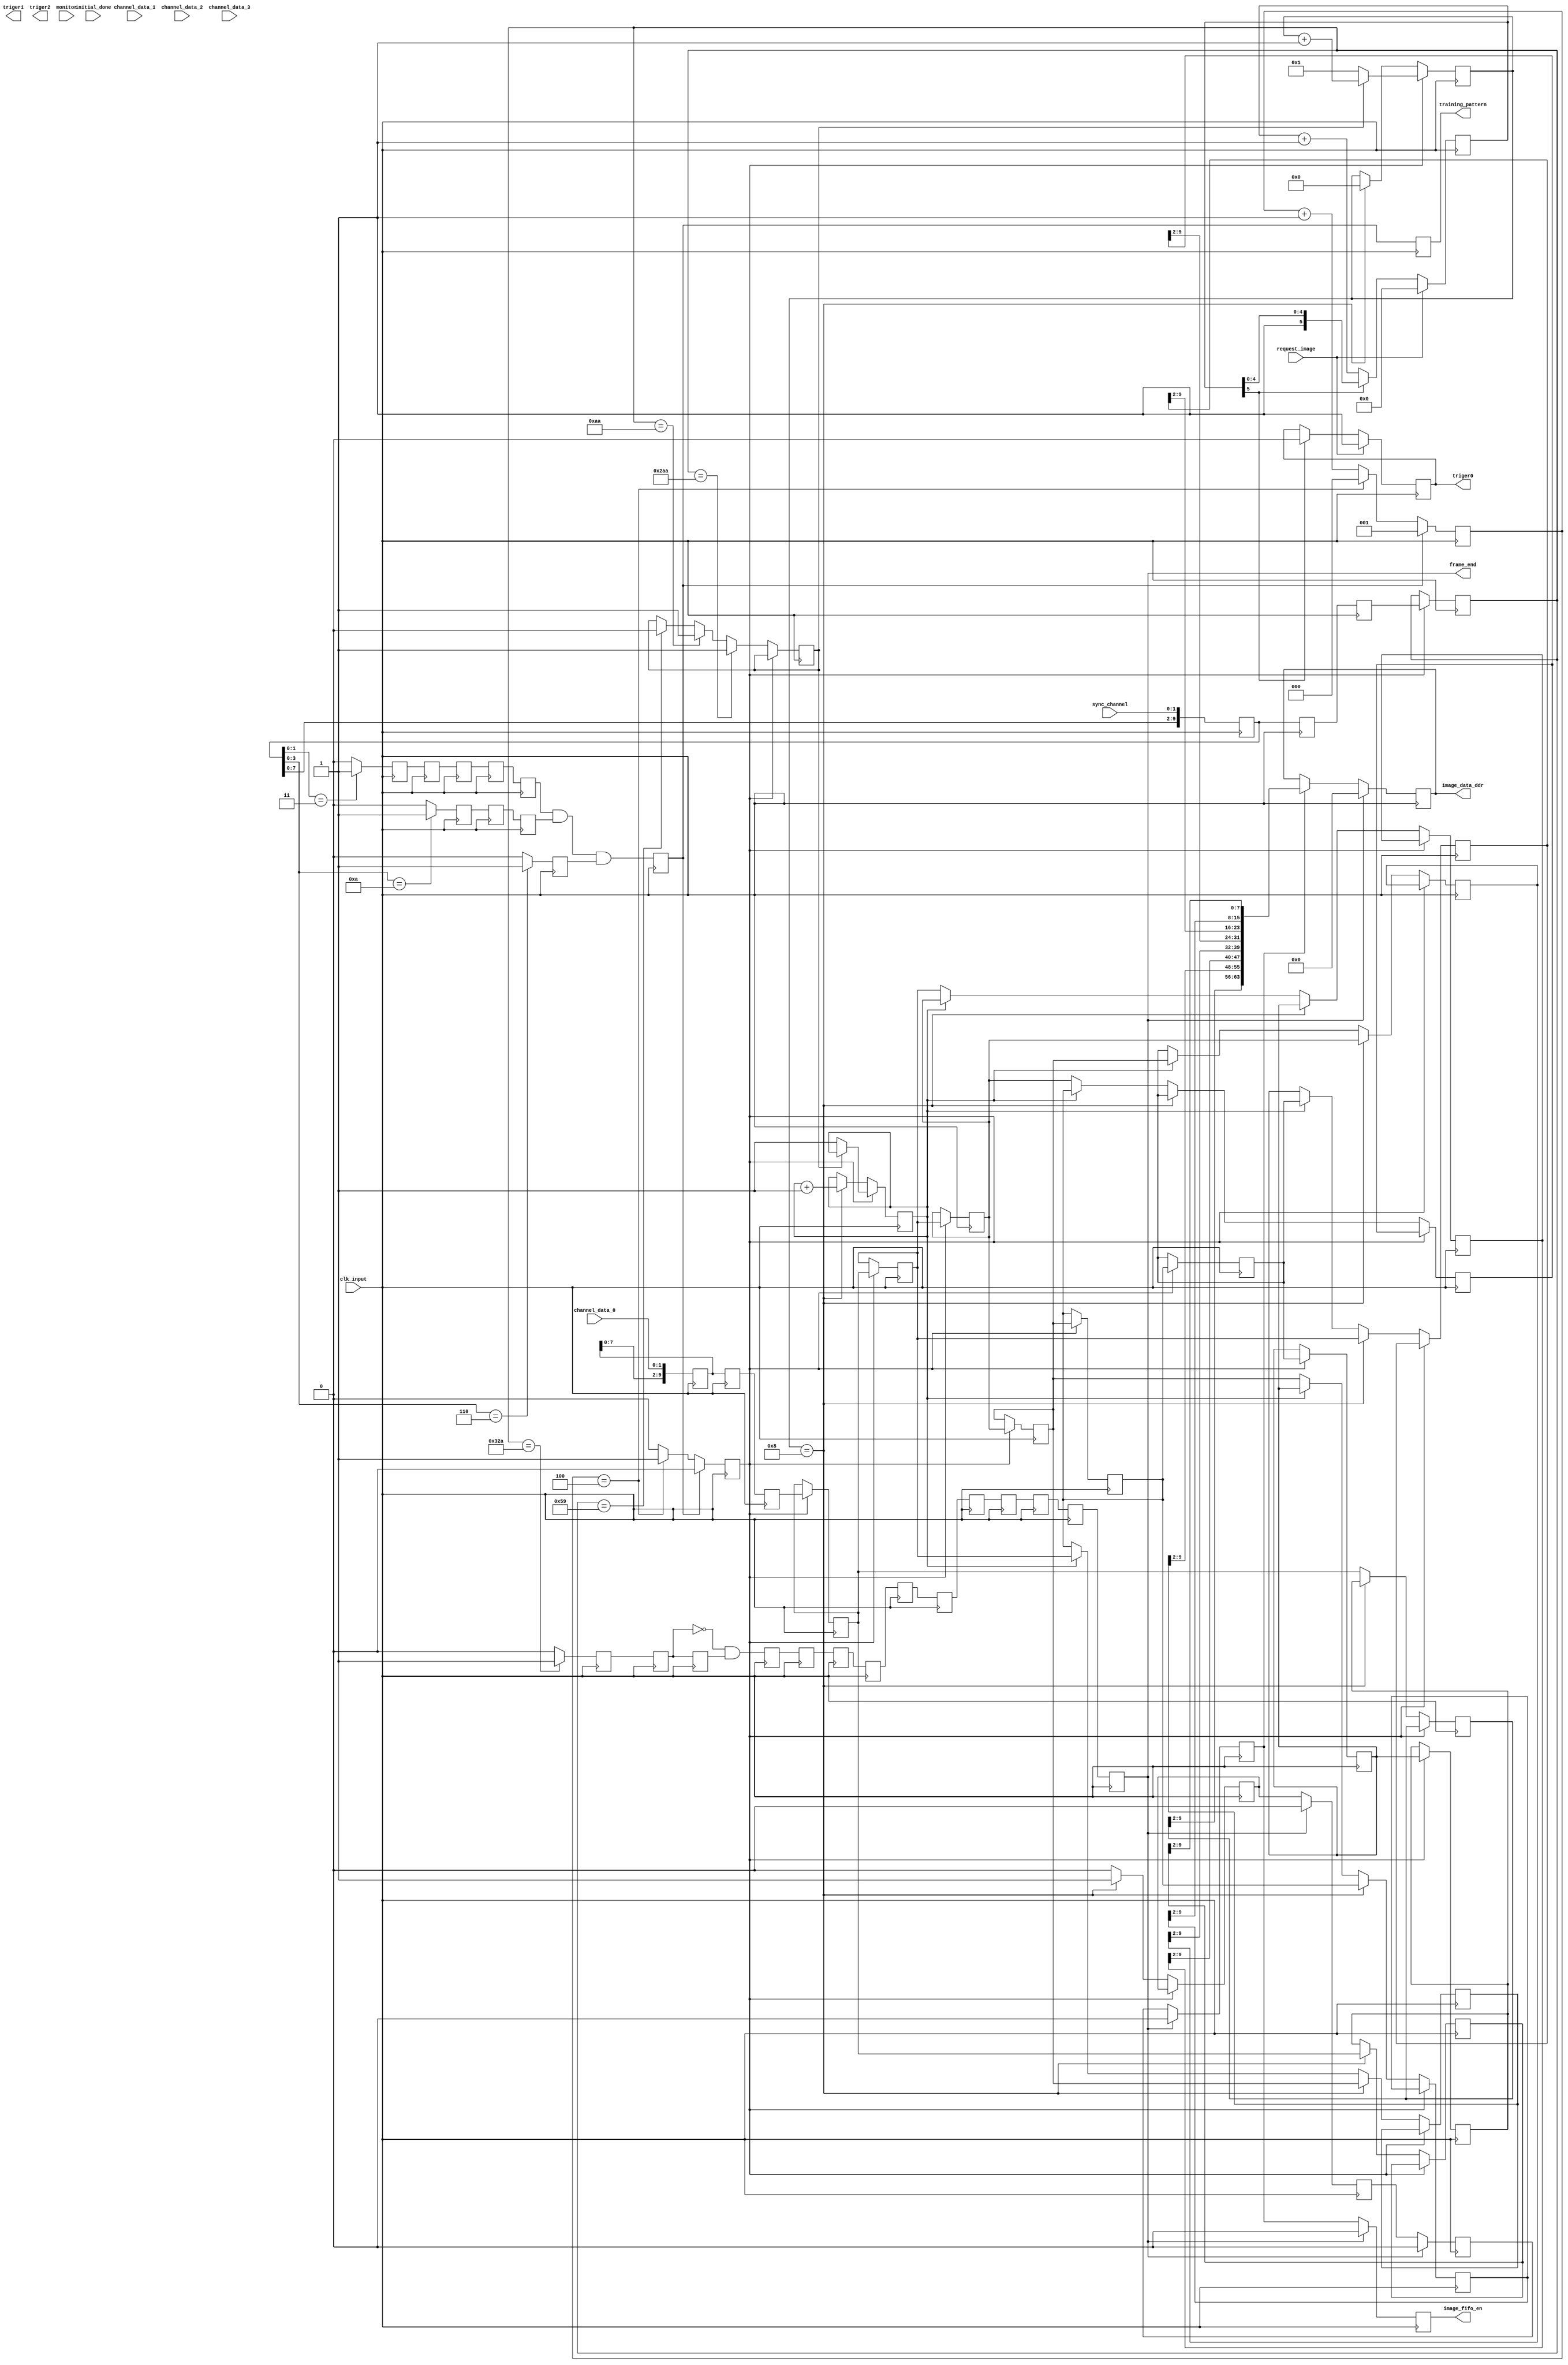
module image_interface(
								clk_input,request_image,initial_done,
								channel_data_0,channel_data_1,channel_data_2,channel_data_3,
								sync_channel,
								triger0,triger1,triger2,
								monitor,
								image_fifo_en,training_pattern,
								//image_data0,image_data1,image_data2,image_data3,image_data4,image_data5,image_data6,image_data7
								image_data_ddr,frame_end
							 );
/////////////////////////////////////////////////////////////////////////////////////////					
			input  clk_input ;
			input  initial_done;
			input  request_image;
			input  [1:0]channel_data_0,channel_data_1,channel_data_2,channel_data_3;
			input  [1:0]sync_channel;
			output triger0,triger1,triger2;
			output frame_end ;
			reg    triger0,triger1,triger2;
			input  [1:0]monitor ;
/////////////////////////////////////////////////////////////////////////////////////////
			//output [9:0]image_data0,image_data1,image_data2,image_data3,image_data4,image_data5,image_data6,image_data7 ;
			output [63:0]image_data_ddr ;
			reg    [63:0]image_data_ddr ;
			reg    [9:0]image_data0,image_data1,image_data2,image_data3,image_data4,image_data5,image_data6,image_data7 ;
			output image_fifo_en   ;
			reg    image_fifo_en   ;
			output training_pattern;
			reg    training_pattern;
			//reg    image_data0_latch,image_data1_latch,image_data2_latch,image_data3_latch,image_data4_latch,image_data5_latch,image_data6_latch,image_data7_latch;
//////////////////////////////////////////////////////////////////////////////////////////
			reg    [9:0]sync_channel_buf  ;
			reg    [9:0]channel_data_0_buf;
			reg    [9:0]channel_data_1_buf;
			reg    [9:0]channel_data_2_buf;
			reg    [9:0]channel_data_3_buf; 
			always @ ( posedge clk_input )
				begin
					sync_channel_buf[1:0] <= sync_channel ;
					sync_channel_buf[9:2] <= sync_channel_buf[7:0] ;
				end
			always @ ( posedge clk_input )
				begin
					channel_data_0_buf[1:0] <= channel_data_0 ;
					channel_data_0_buf[9:2] <= channel_data_0_buf[7:0] ;
				end
			always @ ( posedge clk_input )
				begin
					channel_data_1_buf[1:0] <= channel_data_1 ;
					channel_data_1_buf[9:2] <= channel_data_1_buf[7:0] ;
				end
			always @ ( posedge clk_input )
				begin
					channel_data_2_buf[1:0] <= channel_data_2 ;
					channel_data_2_buf[9:2] <= channel_data_2_buf[7:0] ;
				end
			always @ ( posedge clk_input )
				begin
					channel_data_3_buf[1:0] <= channel_data_3 ;
					channel_data_3_buf[9:2] <= channel_data_3_buf[7:0] ;
				end
////////////////////////////////////////////////////////////////////Generate Trigger signal
			reg [5:0]trigger_counter ;
			always @ ( posedge clk_input )
				begin
					if ( request_image )
						begin
							triger0 <= 1 ;
							trigger_counter <= 0 ;
						end
					else
						if ( trigger_counter[5] )
							begin
								triger0 <= 0 ;
							end
						else
							begin
								trigger_counter <= trigger_counter + 1 ;
							end
						
				end
////////////////////////////////////////////////////////////////////Judge the training code
			reg flag_3 ;
			reg flag_3_buf1 ;
			reg flag_3_buf2 ;
			reg flag_3_buf3 ;
			reg flag_3_buf4 ;
			reg flag_3_buf5 ;
			reg flag_A ;
			reg flag_A_buf1 ;
			reg flag_A_buf2 ;
			reg flag_A_buf3 ;
			reg flag_6 ;
			reg flag_training       ;
			always @ ( posedge clk_input )
				begin
					training_pattern <= flag_training ;
				end
			always @ ( posedge clk_input )
				begin
					if ( sync_channel_buf[1:0] == 2'b11 )
						begin
							flag_3 <= 1 ;
						end
					else
						begin
							flag_3 <= 0 ;
						end
					if ( sync_channel_buf[3:0] == 4'b1010 )
						begin
							flag_A <= 1 ;
						end
					else
						begin
							flag_A <= 0 ;
						end
					if ( sync_channel_buf[3:0] == 4'b0110 )
						begin
							flag_6 <= 1 ;
						end
					else
						begin
							flag_6 <= 0 ;
						end
					flag_3_buf1 <= flag_3 ;
					flag_3_buf2 <= flag_3_buf1 ;
					flag_3_buf3 <= flag_3_buf2 ;
					flag_3_buf4 <= flag_3_buf3 ;
					flag_3_buf5 <= flag_3_buf4 ;
					flag_A_buf1 <= flag_A      ;
					flag_A_buf2 <= flag_A_buf1 ;
					flag_A_buf3 <= flag_A_buf2 ;
					flag_training        <= flag_3_buf4 && flag_A_buf2 && flag_6  ;
				end
////////////////////////////////////////////////////////////////////Judgeing Frame start
			reg sync_flag_5     ;
			reg sync_flag_6     ;
			reg sync_flag_1     ;
			reg sync_flag_2     ;
			reg sync_flag_2A    ;
			reg frame_start_flag;
			reg frame_end_flag  ;
			reg line_start_flag ;
			reg line_end_flag   ;
			reg frame_start_flag_buf;
			reg frame_end_flag_buf  ;
			reg line_start_flag_buf ;
			reg line_end_flag_buf   ;
			reg frame_start_flag_rising;
			reg frame_end_flag_rising  ;
			reg line_start_flag_rising ;
			reg line_end_flag_rising   ;
			always @ ( posedge clk_input )
				begin
					if ( sync_code[9:7] == 3'b101 )
						begin
							sync_flag_5 <= 1 ;
						end
					else
						begin
							sync_flag_5 <= 0 ;
						end
					if ( sync_code[9:7] == 3'b110 )
						begin
							sync_flag_6 <= 1 ;
						end
					else
						begin
							sync_flag_6 <= 0 ;
						end
					if ( sync_code[9:7] == 3'b001 )
						begin
							sync_flag_1 <= 1 ;
						end
					else
						begin
							sync_flag_1 <= 0 ;
						end
					if ( sync_code[9:7] == 3'b010 )
						begin
							sync_flag_2 <= 1 ;
						end
					else
						begin
							sync_flag_2 <= 0 ;
						end
					if ( sync_code[6:0] == 7'b0101010 )
						begin
							sync_flag_2A <= 1 ;
						end
					else
						begin
							sync_flag_2A <= 0 ;
						end
					frame_start_flag <= sync_flag_5 && sync_flag_2A ;
					frame_end_flag   <= sync_flag_6 && sync_flag_2A ;
					line_start_flag  <= sync_flag_1 && sync_flag_2A ;
					line_end_flag    <= sync_flag_2 && sync_flag_2A ;
					frame_start_flag_buf <= frame_start_flag        ;
					frame_end_flag_buf   <= frame_end_flag          ;
					line_start_flag_buf  <= line_start_flag         ;
					line_end_flag_buf    <= line_end_flag           ;
					frame_start_flag_rising <= (~frame_start_flag_buf) && frame_start_flag;
					frame_end_flag_rising   <= (~frame_end_flag_buf)   && frame_end_flag  ;
					line_start_flag_rising  <= (~line_start_flag_buf)  && line_start_flag ;
					line_end_flag_rising    <= (~line_end_flag_buf)    && line_end_flag   ;
				end
////////////////////////////////////////////////////////////////////
			reg [3:0]main_state ;
			reg [2:0]counter_5  ;
			parameter 
				power_up       = 4'b0000 ,
				training_code  = 4'b0001 ,
				image_idle     = 4'b0010 ,    
				image_read_out = 4'b0100 ,
				image_buffer   = 4'b1000 ;
			always @ ( posedge clk_input )
				begin
					if ( flag_training )
						begin
							counter_5 		 <= 1 ;
							latch_counter_5 <= 0 ;
						end
					else
						if ( counter_5 == 4)
							begin
								counter_5       <= 0 ;
								latch_counter_5 <= 1 ;
							end
						else
							begin
								counter_5       <= counter_5 + 1 ;
								latch_counter_5 <= 0 ;
							end
				end
			always @ ( posedge clk_input )
				begin
					case ( main_state )
						power_up       :
							begin
								if ( initial_done )
									main_state <= image_idle ;
							end
						training_code  :
							begin
								if ( frame_start_flag_rising )
									begin
										main_state <= image_read_out ;
									end
								else
									if ( line_start_flag_rising )
										begin
											main_state <= image_read_out ;
										end
							end
						image_idle     :
							begin
								if ( flag_training )
									main_state <= training_code ;
							end
						image_read_out :
							begin
								if ( line_end_flag_rising )
									begin
										main_state <= image_idle ;
									end
								else
									if ( frame_end_flag_rising )
										begin
											main_state <= image_idle ;
										end
							end
						default        :
							begin
								main_state <= image_idle ;
							end
					endcase
				end
//////////////////////////////////////////////////////////////////
			reg frame_flag ;
			reg frame_end_buf1;
			reg frame_end_buf2;
			reg frame_end     ;
			reg frame_end_buf3;
			reg frame_end_buf4;
			reg frame_end_buf5;
			reg frame_end_buf6;
			reg frame_end_buf7;
			reg frame_end_buf8;
			reg frame_end_buf9;
			reg frame_end_buf10;
			reg frame_end_buf11;
			reg frame_end_buf12;
			always @ ( posedge clk_input )
				begin
					frame_end_buf1  <= frame_flag ;
					frame_end_buf2  <= frame_end_buf1 ;
					frame_end_buf3  <= (  ~frame_end_buf1 ) && frame_end_buf2 ;
					frame_end_buf4  <= frame_end_buf3 ;
					frame_end_buf5  <= frame_end_buf4 ;
					frame_end_buf6  <= frame_end_buf5 ;
					frame_end_buf7  <= frame_end_buf6 ;
					frame_end_buf8  <= frame_end_buf7 ;
					frame_end_buf9  <= frame_end_buf8 ;
					frame_end_buf10 <= frame_end_buf9 ;
					frame_end_buf11 <= frame_end_buf10 ;
					frame_end_buf12 <= frame_end_buf11 ;
					frame_end       <= frame_end_buf12 ;
				end
			always @ ( posedge clk_input )
				begin
					if ( sync_code == 10'h32A )
						begin
							frame_flag <= 1 ;
						end
					else
						begin
							frame_flag <= 0 ;
						end
				end

			reg [3:0]counter_4 ;
			reg flag_odd_even ;
			reg image_fifo_en_buf;
			reg latch_counter_5;
			reg latch_counter_5_buf1;
			reg latch_counter_5_buf2;
			reg [9:0]sync_code ;
			reg flag_counter   ;
			reg flag_counter_buf;
			reg [9:0]image_data0_latch;
			reg [9:0]image_data1_latch;
			reg [9:0]image_data2_latch;
			reg [9:0]image_data3_latch;
			reg [9:0]image_data4_latch;
			reg [9:0]image_data5_latch;
			reg [9:0]image_data6_latch;
			reg [9:0]image_data7_latch;
			reg [9:0]sync_code_buf1 ;
			reg [9:0]channel_data_0_buf1;
			reg [9:0]channel_data_1_buf1;
			reg [9:0]channel_data_2_buf1;
			reg [9:0]channel_data_3_buf1;
			reg [9:0]sync_code_buf2 ;
			reg [9:0]channel_data_0_buf2;
			reg [9:0]channel_data_1_buf2;
			reg [9:0]channel_data_2_buf2;
			reg [9:0]channel_data_3_buf2;
			reg image_fifo_en_buf1;
			reg image_fifo_en_buf2;
			reg image_fifo_en_buf3;
			always @ ( posedge clk_input )
				if ( frame_end )
					begin
						image_fifo_en_buf1 <= 0 ;
						image_fifo_en_buf2 <= 0 ;
						image_fifo_en_buf3 <= 0 ;
						image_fifo_en      <= 0 ;
						image_data_ddr     <= 0 ;
					end
				else
				begin
					image_fifo_en_buf1 <= image_fifo_en_buf ;
					image_fifo_en_buf2 <= image_fifo_en_buf1;
					image_fifo_en_buf3 <= image_fifo_en_buf2;
					image_fifo_en      <= image_fifo_en_buf3;
					if ( image_fifo_en_buf3 )
						begin
							//image_data_ddr[15:0] <= image_data_ddr[15:0] + 1 ;
							image_data_ddr <= { image_data7[9:2],image_data6[9:2],image_data5[9:2],image_data4[9:2],image_data3[9:2],image_data2[9:2],image_data1[9:2],image_data0[9:2] } ;
							//image_data_ddr   <= {8'hAA ,8'hBB ,8'hCC ,8'hDD ,8'h99,8'h88 ,8'h55,8'hEE};
						end
//					else
//						if ( image_data_ddr[15:0] == 160 )
//							begin
//								image_data_ddr[31:16] <= image_data_ddr[31:16] + 1 ;
//								image_data_ddr[15:0] <= 0                          ;
//							end
						
				end
			always @ ( posedge clk_input )
				begin
					sync_code_buf1 <= sync_channel_buf ;
					sync_code_buf2 <= sync_code_buf1;
					channel_data_0_buf1 <= channel_data_0_buf ;
					channel_data_0_buf2 <= channel_data_0_buf1;
					channel_data_1_buf1 <= channel_data_1_buf ;
					channel_data_1_buf2 <= channel_data_1_buf1;
					channel_data_2_buf1 <= channel_data_2_buf ;
					channel_data_2_buf2 <= channel_data_2_buf1;
					channel_data_3_buf1 <= channel_data_3_buf ;
					channel_data_3_buf2 <= channel_data_3_buf1;
				end
			always @ ( posedge clk_input )
				begin
					latch_counter_5_buf1 <= latch_counter_5 ;
					latch_counter_5_buf2 <= latch_counter_5_buf1 ;
				end
			always @ ( posedge clk_input )
				begin
					if ( latch_counter_5 )
						begin
							if ( flag_counter == 0 )
								begin
									counter_4     <= 1 ;
									flag_odd_even <= 1 ;
								end
							else
								begin
									counter_4 			  <= counter_4 + 1		;
								end
							sync_code             <= sync_code_buf2     ;
							image_data7_latch     <= channel_data_0_buf2;
							image_data6_latch     <= image_data7_latch  ;
							image_data5_latch     <= image_data6_latch  ;
							image_data4_latch     <= image_data5_latch  ;
							image_data3_latch     <= image_data4_latch  ;
							image_data2_latch     <= image_data3_latch  ;
							image_data1_latch     <= image_data2_latch  ;
							image_data0_latch     <= image_data1_latch  ;
						end
					else
						begin
							if ( sync_code == 10'h2AA )
								begin
									flag_counter <= 1 ;
								end
							else
								if ( sync_code == 10'h0AA )
									begin
										flag_counter <= 1 ;
									end
								else
									if ( sync_code == 10'h059 )
										begin
											flag_counter <= 0 ;
										end
							if ( counter_4 == 8 )
								begin
									flag_odd_even   <= flag_odd_even + 1  ;
									counter_4       <= 0                  ;
									image_data0     <= image_data7_latch  ;
									image_data1     <= image_data3_latch  ;
									image_data2     <= image_data6_latch  ;
									image_data3     <= image_data2_latch  ;
									image_data4     <= image_data5_latch  ;
									image_data5     <= image_data1_latch  ;
									image_data6     <= image_data4_latch  ;
									image_data7     <= image_data0_latch  ;
									image_fifo_en_buf<= 1                  ;
								end
							else
								if ( flag_odd_even == 0 )
									begin
										image_data0     <= image_data0_latch  ;
										image_data1     <= image_data4_latch  ;
										image_data2     <= image_data1_latch  ;
										image_data3     <= image_data5_latch  ;
										image_data4     <= image_data2_latch  ;
										image_data5     <= image_data6_latch  ;
										image_data6     <= image_data3_latch  ;
										image_data7     <= image_data7_latch  ;
										image_fifo_en_buf   <= 0              ;
									end
								else
									begin
										image_data0     <= image_data0_latch  ;
										image_data1     <= image_data1_latch  ;
										image_data2     <= image_data2_latch  ;
										image_data3     <= image_data3_latch  ;
										image_data4     <= image_data4_latch  ;
										image_data5     <= image_data5_latch  ;
										image_data6     <= image_data6_latch  ;
										image_data7     <= image_data7_latch  ;
										image_fifo_en_buf   <= 0              ;
									end
						end
				end
endmodule